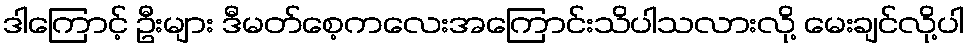
ဒါကြောင့် ဦးများ ဒီမတ်စေ့ကလေးအကြောင်းသိပါသလားလို့ မေးချင်လို့ပါ